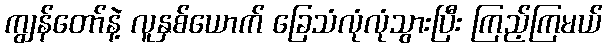
ကျွန်တော်နဲ့ လူနှစ်ယောက် ခြေသံလုံလုံသွားပြီး ကြည့်ကြမယ်